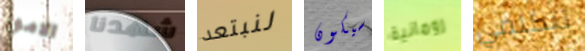
الامور شهدنا لنبتعد سيكون رومانية تتكلمي